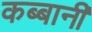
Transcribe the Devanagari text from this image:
कब्बानी